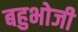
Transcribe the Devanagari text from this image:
बहुभोजी